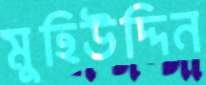
মুহিউদ্দিন